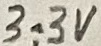
Text: 3.3V